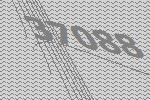
37088